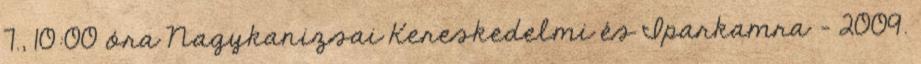
7., 10:00 óra Nagykanizsai Kereskedelmi és Iparkamra - 2009.